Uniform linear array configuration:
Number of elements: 64
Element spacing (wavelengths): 0.5
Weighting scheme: hann
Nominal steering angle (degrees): -15
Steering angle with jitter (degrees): -14.236
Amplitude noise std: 0.05
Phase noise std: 0.05

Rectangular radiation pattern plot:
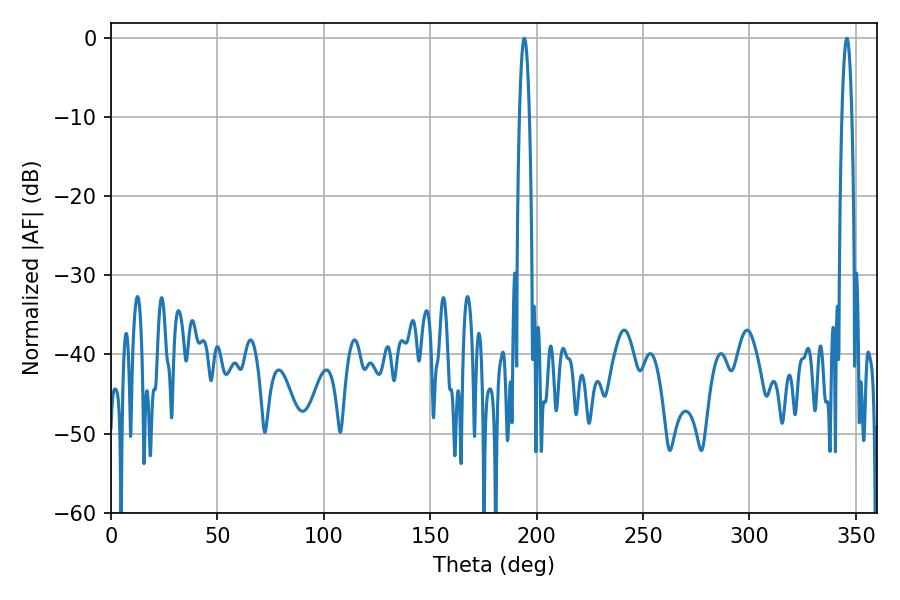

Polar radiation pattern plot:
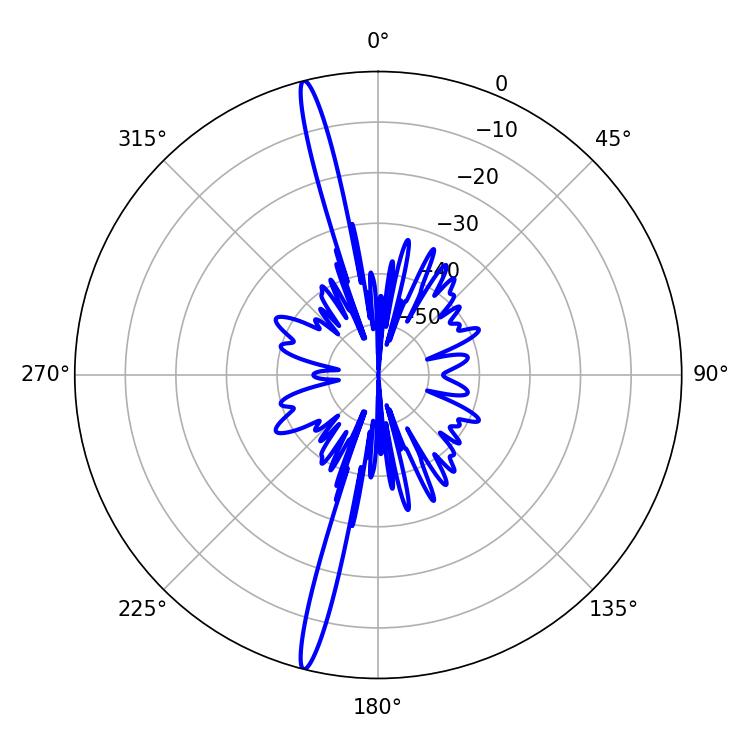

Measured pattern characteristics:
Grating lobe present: FALSE
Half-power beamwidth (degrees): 2.52
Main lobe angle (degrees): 345.78